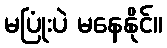
မပြုံးပဲ မနေနိုင်။